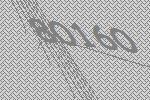
80160